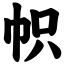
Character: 帜